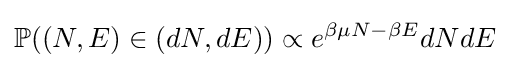
\mathbb {P} ((N,E)\in (dN,dE))\propto e^{\beta \mu N-\beta E}dNdE